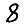
Digit: 8